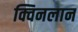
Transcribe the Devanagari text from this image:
क्विनलान